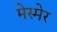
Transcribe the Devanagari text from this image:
मेस्मेर